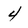
Character: 4